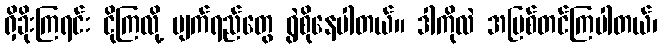
ရှိခိုးကြရင်း ငိုကြလို့ မျက်ရည်တွေ ရွဲစိုနေပါတယ်။ ဒါကိုလဲ အပြစ်တင်ကြပါတယ်၊